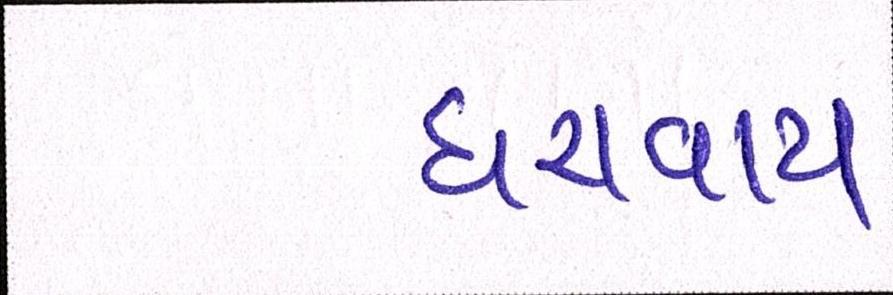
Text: ધરાવાય